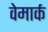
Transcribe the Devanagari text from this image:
वेमार्क